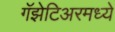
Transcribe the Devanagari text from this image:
गॅझेटिअरमध्ये